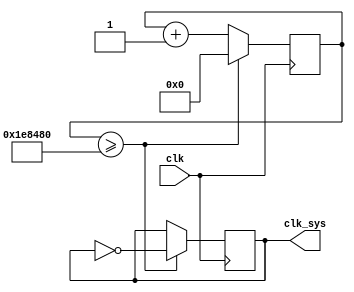
`timescale 1ns / 1ps
//////////////////////////////////////////////////////////////////////////////////
// Company: 
// Engineer: 
// 
// Design Name: 
// Module Name: clock_div
// Project Name: 
// Target Devices: 
// Tool Versions: 
// Description: 
// 
// Dependencies: 
// 
// Revision:
// Revision 0.01 - File Created
// Additional Comments:
// 
//////////////////////////////////////////////////////////////////////////////////


module clock_div( 
	input clk, //100MHz 
	output reg clk_sys = 0 //1Hz 0 
    );
	reg [25:0] div_counter = 0; 
	always @(posedge clk)
    begin
        if(div_counter>=2000000) begin
            clk_sys <= ~clk_sys; // 
            div_counter <= 0;
        end else
            div_counter <= div_counter + 1;
    end
endmodule